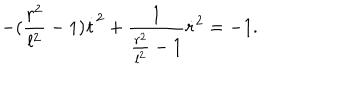
LaTeX: - ( \frac { r ^ { 2 } } { l ^ { 2 } } - 1 ) \dot { t } ^ { 2 } + \frac { 1 } { \frac { r ^ { 2 } } { l ^ { 2 } } - 1 } \dot { r } ^ { 2 } = - 1 .